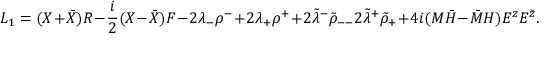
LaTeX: { \cal L } _ { 1 } = ( X + \bar { X } ) R - { \frac { i } { 2 } } ( X - \bar { X } ) F - 2 \lambda _ { - } \rho ^ { - } + 2 \lambda _ { + } \rho ^ { + } + 2 \tilde { \lambda } ^ { - } { \tilde { \rho } } _ { -- } 2 \tilde { \lambda } ^ { + } { \tilde { \rho } } _ { + } + 4 i ( M \bar { H } - \bar { M } H ) E ^ { z } E ^ { \bar { z } } .